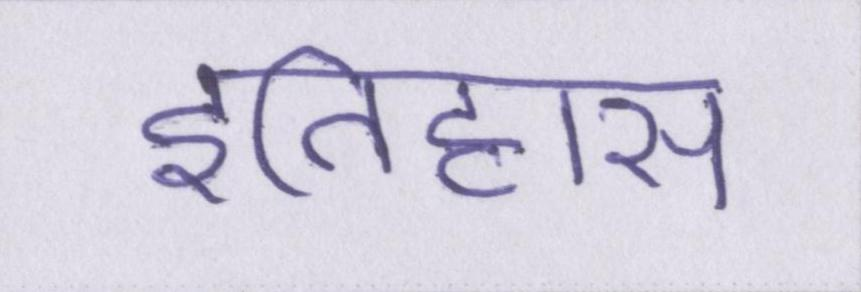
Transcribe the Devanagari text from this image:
इतिहास